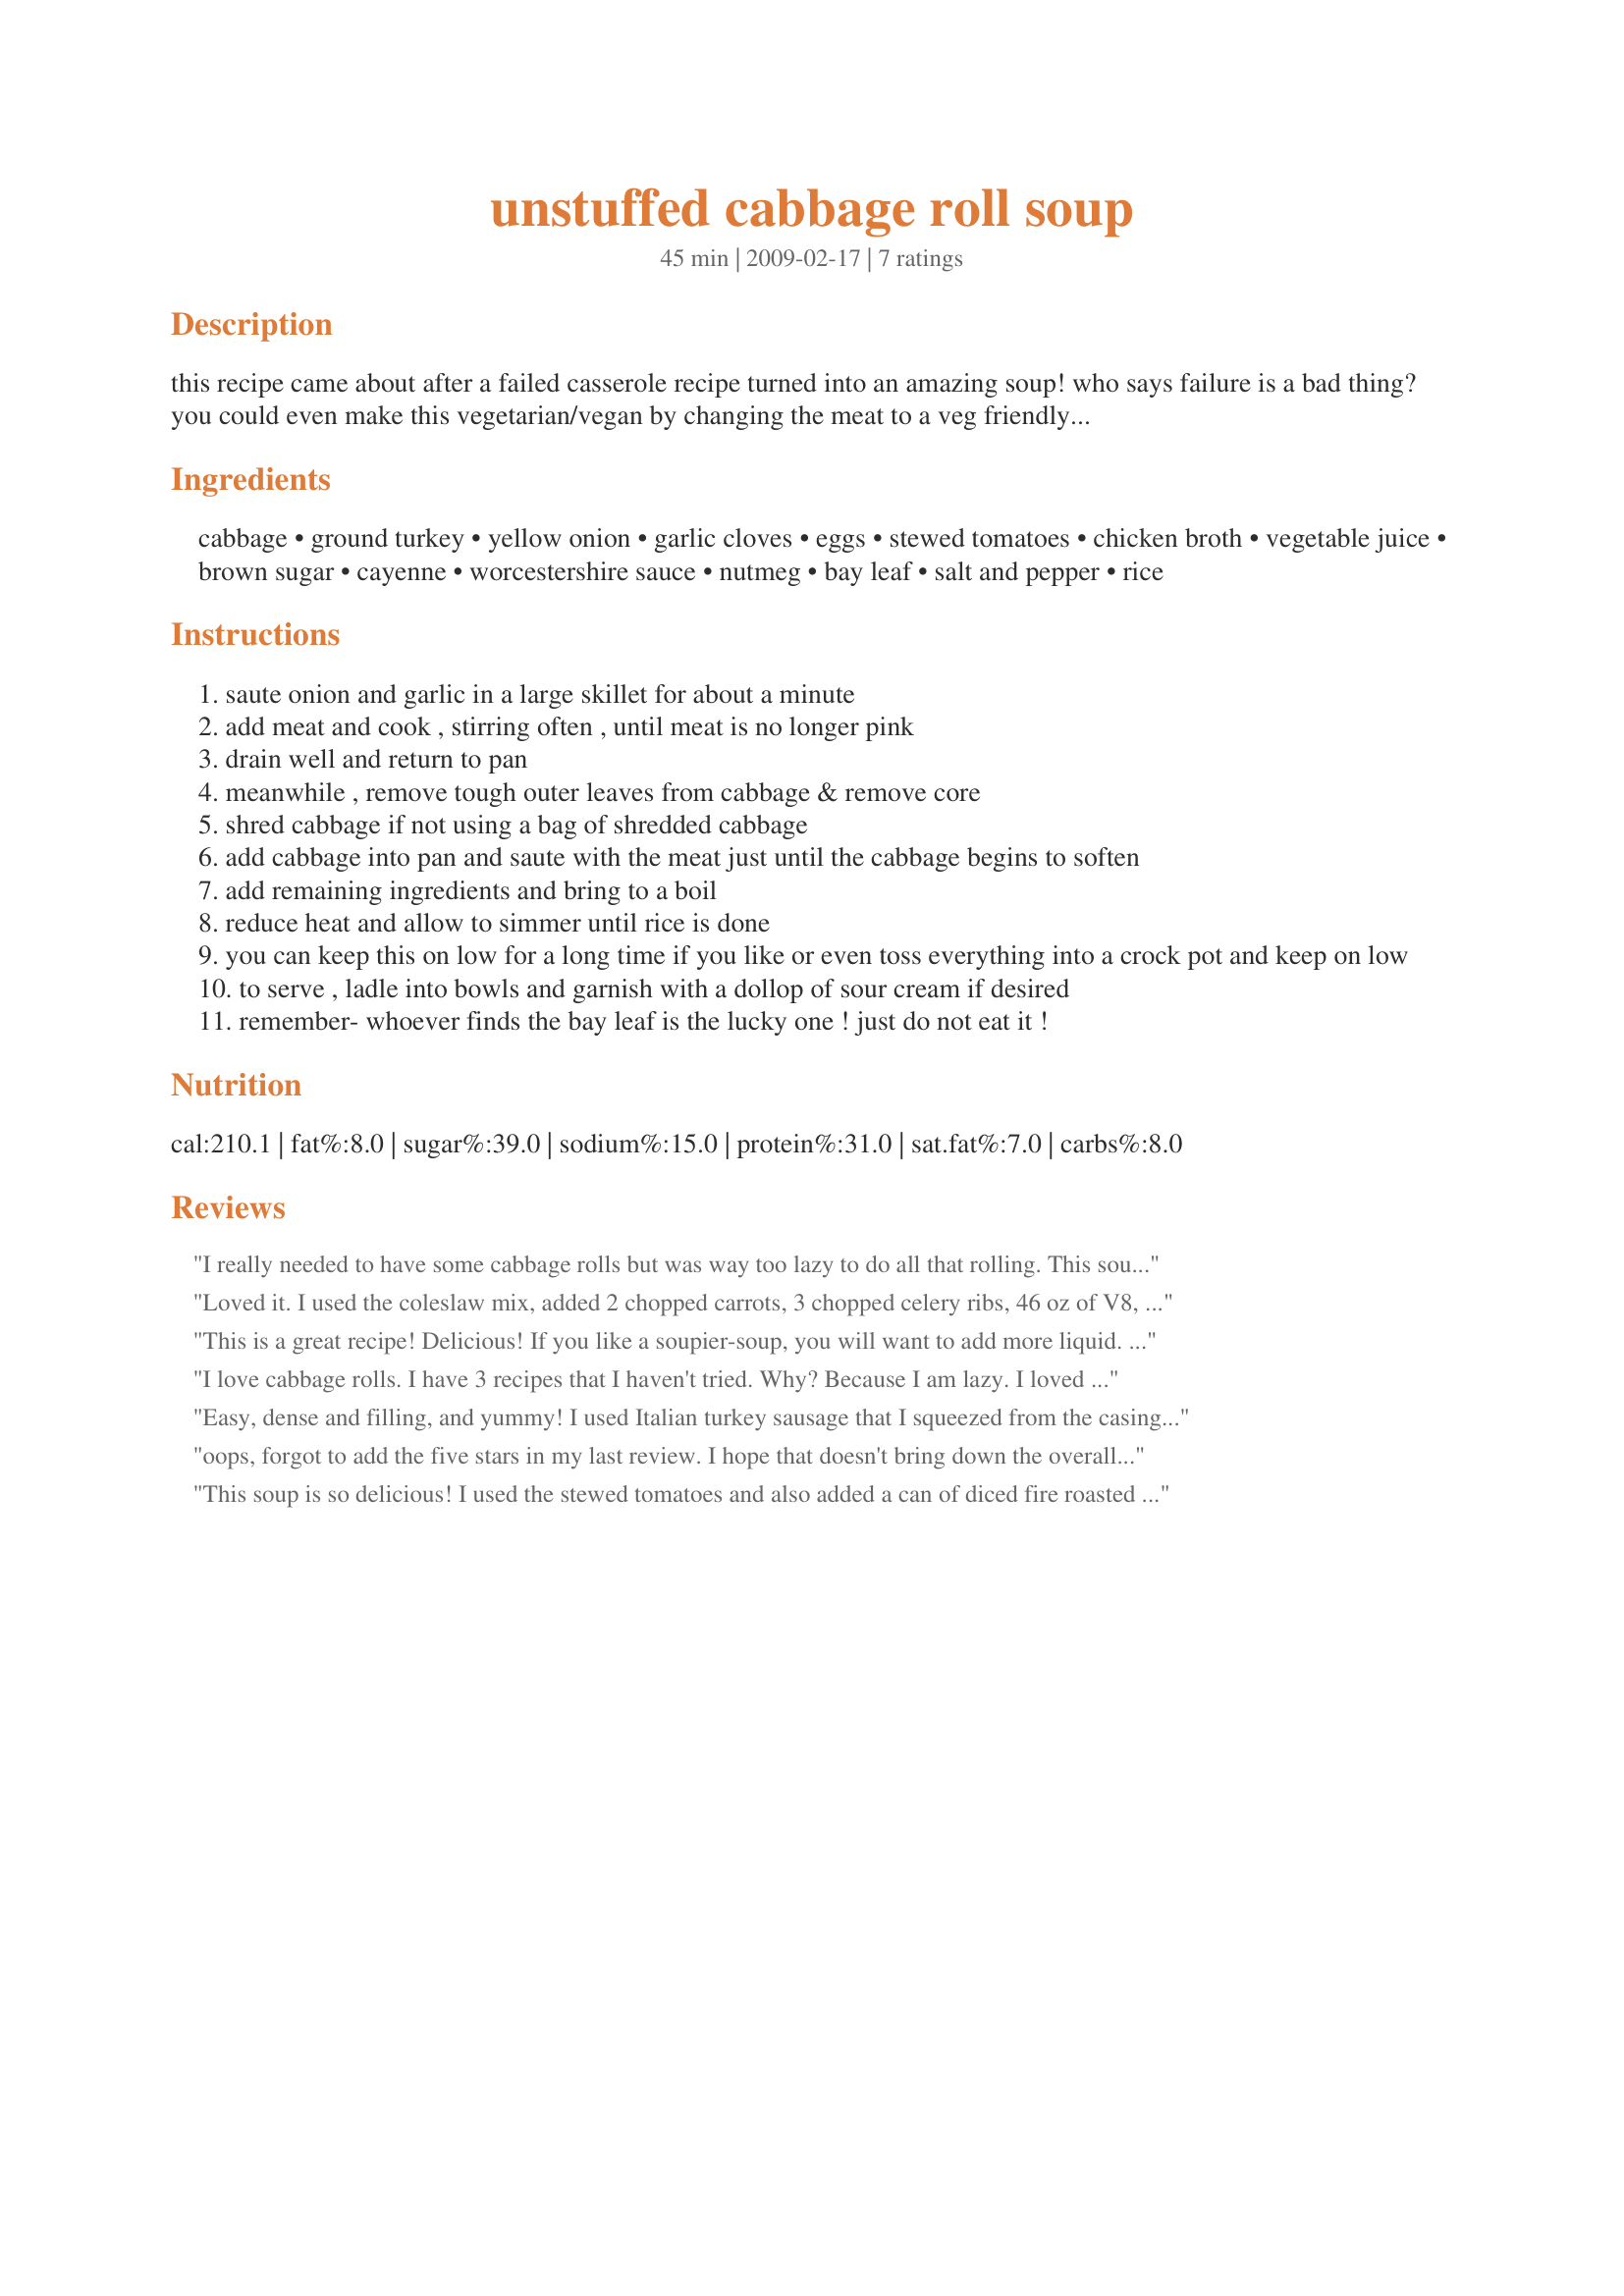
unstuffed cabbage roll soup
Preparation time: 45 minutes

this recipe came about after a failed casserole recipe turned into an amazing soup! who says failure is a bad thing? you could even make this vegetarian/vegan by changing the meat to a veg friendly option and using a veg broth. hope you enjoy this too!

Ingredients:
cabbage, ground turkey, yellow onion, garlic cloves, eggs, stewed tomatoes, chicken broth, vegetable juice, brown sugar, cayenne, worcestershire sauce, nutmeg, bay leaf, salt and pepper, rice

Steps:
saute onion and garlic in a large skillet for about a minute
add meat and cook , stirring often , until meat is no longer pink
drain well and return to pan
meanwhile , remove tough outer leaves from cabbage & remove core
shred cabbage if not using a bag of shredded cabbage
add cabbage into pan and saute with the meat just until the cabbage begins to soften
add remaining ingredients and bring to a boil
reduce heat and allow to simmer until rice is done
you can keep this on low for a long time if you like or even toss everything into a crock pot and keep on low
to serve , ladle into bowls and garnish with a dollop of sour cream if desired
remember- whoever finds the bay leaf is the lucky one ! just do not eat it !

Reviews:
I really needed to have some cabbage rolls but was way too lazy to do all that rolling. This soup was perfect and tastes just like the stuffed rolls, except all chopped up. If you want it as a &#039;soupy&#039; soup you might want to add a bit more broth, or water....or, if you like your cabbage rolls with mashed potatoes, leave the soup thick and just spoon it over the spuds. It&#039;s great! Thanks so much for posting your mishap for the rest of us to enjoy! I&#039;ll be sure to make this again :)
Loved it. I used the coleslaw mix, added 2 chopped carrots, 3 chopped celery ribs, 46 oz of V8, and paprika. This was absolutely wonderful and pretty quick. Being pregnant, I was craving stuffed cabbage for two days but didn't feel like assembling cabbage rolls on a weeknight. Thank you for posting.
This is a great recipe! Delicious! If you like a soupier-soup, you will want to add more liquid. Otherwise, the seasonings are great. Shared with friends and they all asked for the recipe. :)
I love cabbage rolls. I have 3 recipes that I haven't tried. Why? Because I am lazy. I loved this recipe. I used 1.5 lbs of ground beef since that is the size that was defrosting so I added a bit more of everything else. I omitted the egg and added a bit of oregano. It was so thick I ended up using 30 oz of chicken broth and 17.5 oz spicy V8. It was not soupy even then but reminded me of what cabbage rolls end up looking like on the plate (or bowl). My husband loved it, I loved it, my 5 year old son hates everything I make so he doesn't count. I could make this twice a month and not get sick of it. Easy and delicious! Oh, after I browned and drained the meat, I just stuck everything in a pot instead of trying to get all that cabbage in a deep skillet. Excellent mistake, mama!!
Easy, dense and filling, and yummy! I used Italian turkey sausage that I squeezed from the casings, and skipped the egg, but I might use it if I make a vegetarian version with tempeh or TVP. I'm not sure it needs the brown sugar, so next time I'll try omitting it. Two cloves of garlic is never enough for anything I make, and I increased the cayenne to a teaspoon. The result was good and spicy. Since I didn't have any Worcestershire sauce, I used soy sauce with a dash of white vinegar. Instead of raw rice, I used a cup of leftover cooked brown rice. I'll definitely make this again.
oops, forgot to add the five stars in my last review. I hope that doesn't bring down the overall rating!!
This soup is so delicious! I used the stewed tomatoes and also added a can of diced fire roasted tomatoes. I'll definitely be making this soup again!
